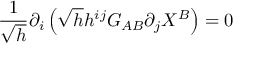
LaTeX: \frac { 1 } { \sqrt { h } } \partial _ { i } \left( \sqrt { h } h ^ { i j } G _ { A B } \partial _ { j } X ^ { B } \right) = 0